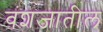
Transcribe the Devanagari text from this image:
वंशजातील